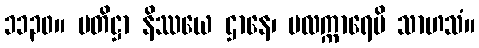
၁၁၃၀။ ပတိဋ္ဌာ နိဿယေ ဌာနေ၊ ဗလက္ကာရေပိ သာဟသံ။